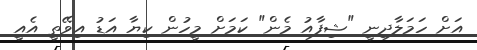
އަށް ހަމަލާދިނީ "ޝިފާއު މެން" ކަމަށް މީހުން ކިޔާ އަޑު އިވޭތީ އެއީ